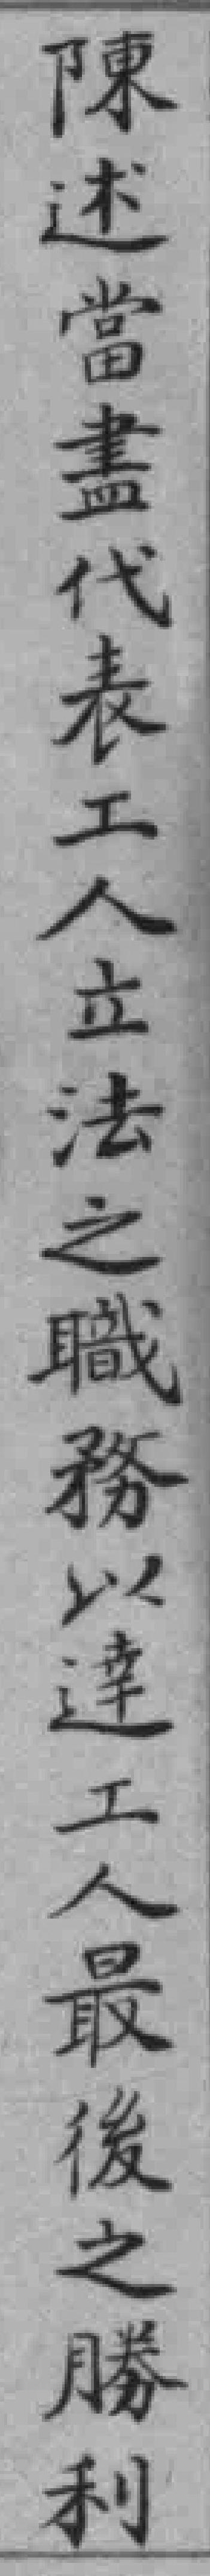
陳述當畫代表工人立法之職務以達工人最後之勝利